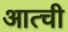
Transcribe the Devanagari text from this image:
आत्ची